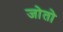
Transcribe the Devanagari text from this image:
जोतो